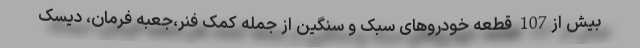
بیش از107 قطعه خودروهای سبک و سنگین از جمله کمک فنر،جعبه فرمان، دیسک